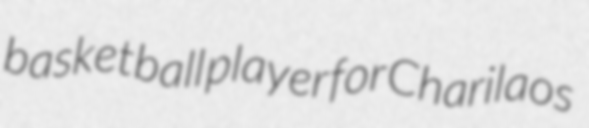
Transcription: basketball player for Charilaos